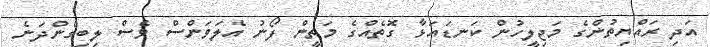
އަދި ރައްޔިތުންގެ މަޖިލީހުން ކަނޑައަޅާ ގޮތެއްގެ މަތީން ފޯނު އެލަވަންސް ވެސް ލިބިގެންދަނެ